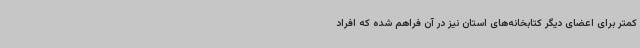
کمتر برای اعضای دیگر کتابخانه‌های استان نیز در آن فراهم شده که افراد